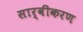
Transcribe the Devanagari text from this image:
सार्वीकरण